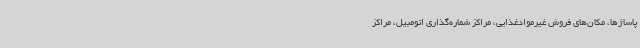
پاساژها، مکان‌های فروش غیرموادغذایی، مراکز شماره‌گذاری اتومبیل، مراکز